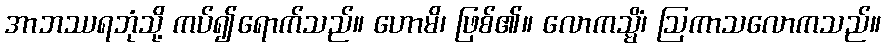
အာဘဿရဘုံသို့ ကပ်၍ရောက်သည်။ ဟောမိ၊ ဖြစ်၏။ လောကသ္မိံ၊ ဩကာသလောကသည်။